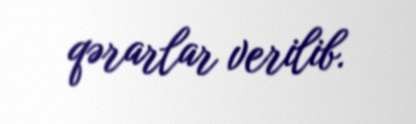
qərarlar verilib.